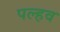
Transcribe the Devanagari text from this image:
पल्हव